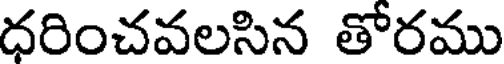
ధరించవలసిన తోరము